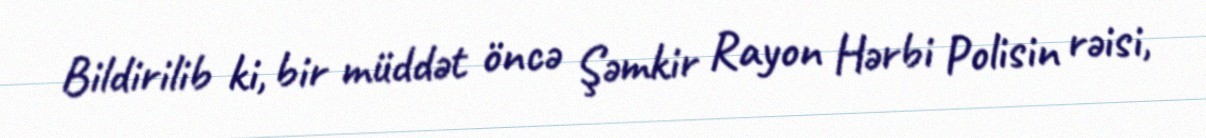
Bildirilib ki, bir müddət öncə Şəmkir Rayon Hərbi Polisin rəisi,